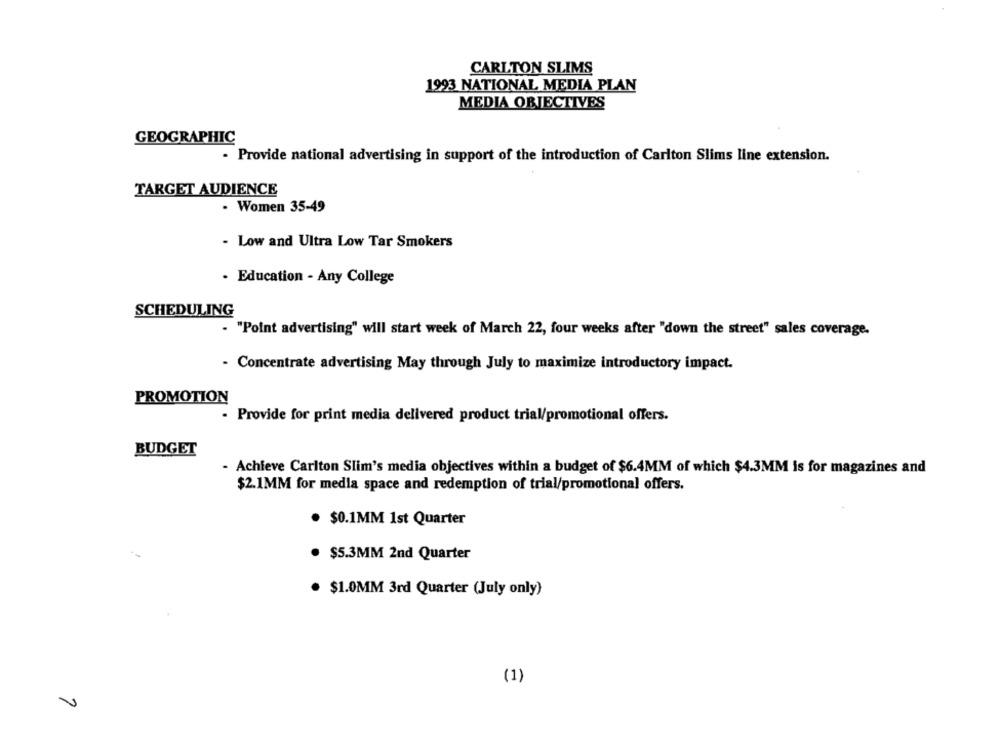
CARLTON SLIMS
1993 NATIONAL MEDIA PLAN
MEDIA OBJECTIVES
GEOGRAPHIC
- Provide national advertising in support of the introduction of Carlton Slims line extension.
TARGET AUDIENCE
- Women 35-49
- Low and Ultra Low Tar Smokers
- Education - Any College
SCHEDULING
- "Point advertising" will start week of March 22, four weeks after "down the street" sales coverage.
- Concentrate advertising May through July to maximize introductory impact.
PROMOTION
- Provide for print media delivered product trial/promotional offers.
BUDGET
- Achieve Carlton Slim's media objectives within a budget of $6.4MM of which $4.3MM is for magazines and
$2.1MM for media space and redemption of trial/promotional offers.
· $0.1MM 1st Quarter
$5.3MM 2nd Quarter
· $1.0MM 3rd Quarter (July only)
(1)
V